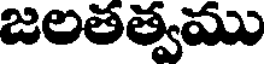
జలతత్వము